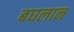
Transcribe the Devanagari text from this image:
बघलान